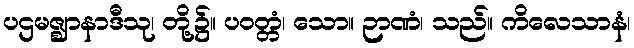
ပဌမဇ္ဈာနာဒီသု၊ တို့၌။ ပဝတ္တံ၊ သော။ ဉာဏံ၊ သည်။ ကိလေသာနံ၊